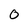
Character: O